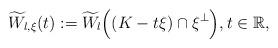
LaTeX: \begin{align*}\widetilde{W}_{l,\xi}(t) := \widetilde{W}_l\Big( (K - t\xi)\cap\xi^\perp \Big) , t\in \mathbb{R}, \end{align*}